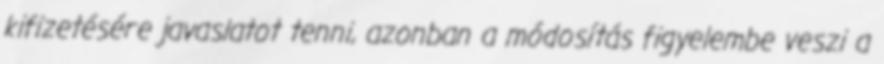
kifizetésére javaslatot tenni, azonban a módosítás figyelembe veszi a